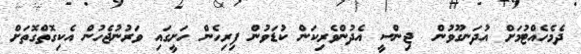
ދެމެހެއްޓުމަށް އުދަނގޫވުން  ޖިންސީ އެދުންވެރިކަން ކުޑަވުން ފިރިހެން ހަށީގައި ވަރުނުޖެހުން އެކިގޮތްގޮތަށް